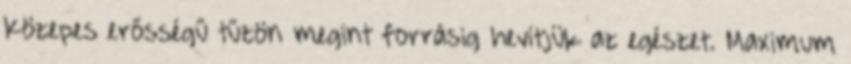
Közepes erősségű tűzön megint forrásig hevítjük az egészet. Maximum